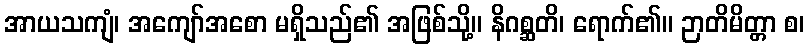
အာယသကျံ၊ အကျော်အစော မရှိသည်၏ အဖြစ်သို့။ နိဂစ္ဆတိ၊ ရောက်၏။ ဉာတိမိတ္တာ စ၊